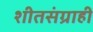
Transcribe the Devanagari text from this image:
शीतसंग्राही